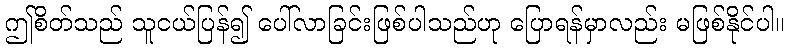
ဤစိတ်သည် သူငယ်ပြန်၍ ပေါ်လာခြင်းဖြစ်ပါသည်ဟု ပြောရန်မှာလည်း မဖြစ်နိုင်ပါ။